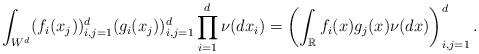
LaTeX: \begin{align*}\int_{W^d} (f_i(x_j))_{i, j = 1}^d (g_i(x_j))_{i, j = 1}^d \prod_{i=1}^d \nu(dx_i) = \left(\int_{\mathbb{R}} f_i(x) g_j(x) \nu(dx)\right)_{i, j =1}^d. \end{align*}